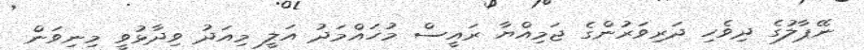
ނޭޕާލުގެ ދިވެހި ދަރިވަރުންގެ ޖަމިއްޔާ ރައީސް މުހައްމަދު އަލީ މިއަދު ވިދާޅުވީ މިނިވަން